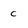
Character: c